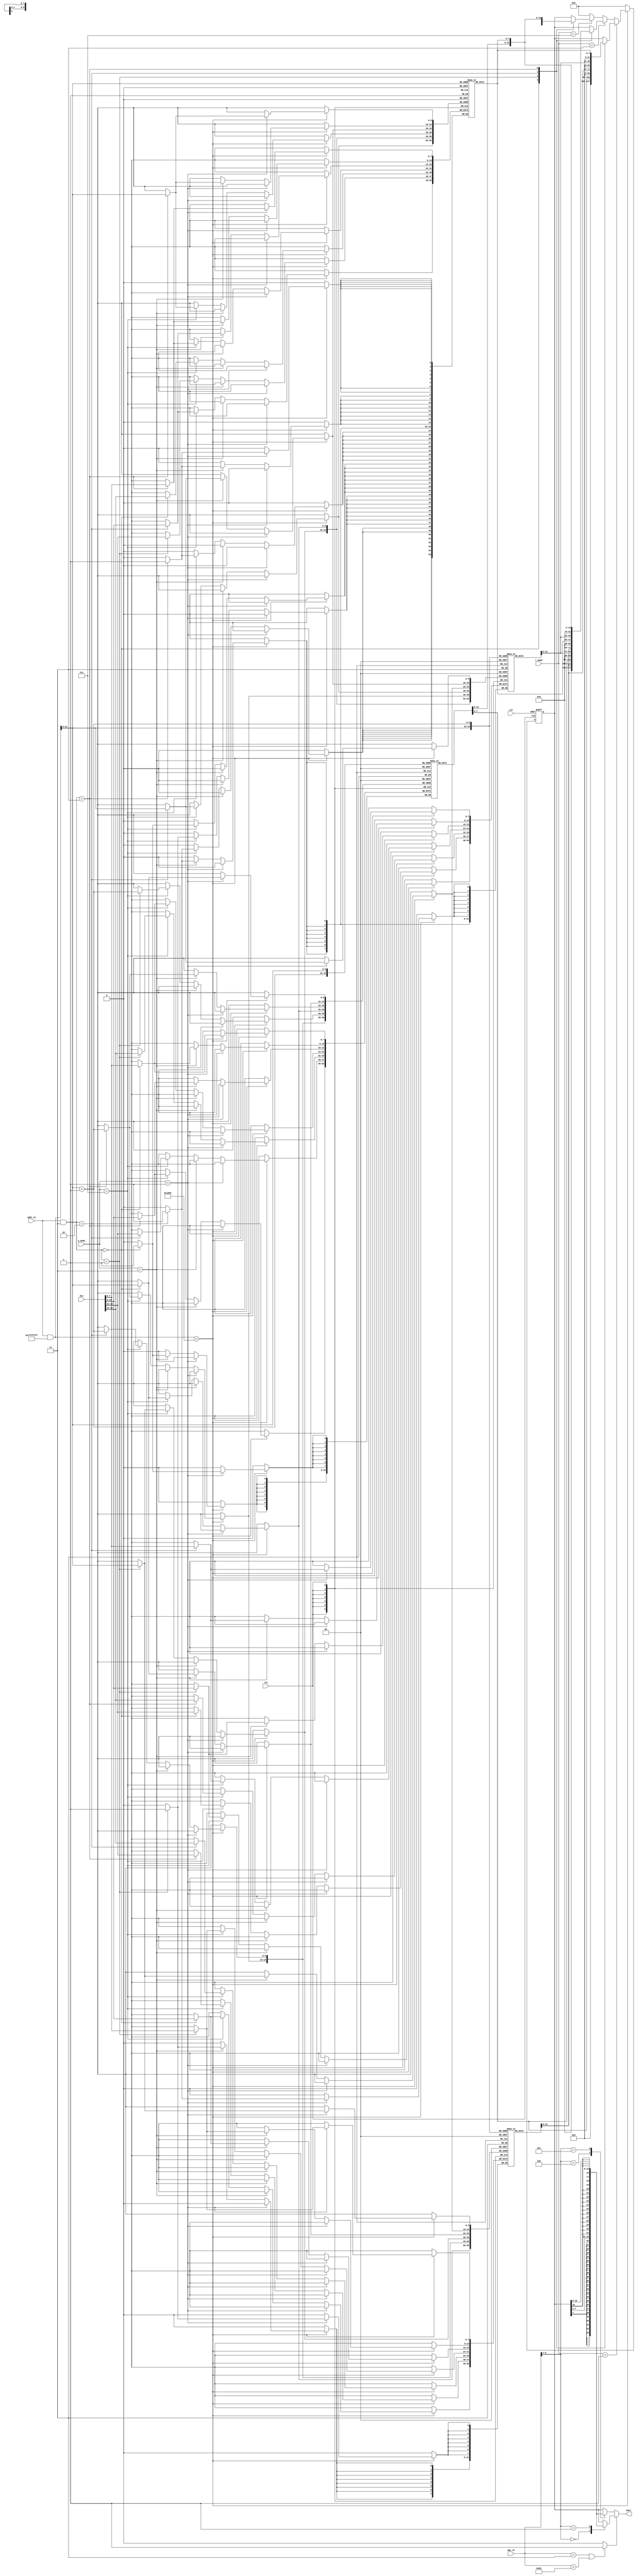
`timescale 1ns / 1ps
//////////////////////////////////////////////////////////////////////////////////
// Company: 
// Engineer: 
// 
// Design Name: 
// Module Name: Data_ext
// Project Name: 
// Target Devices: 
// Tool Versions: 
// Description: 
// 
// Dependencies: 
// 
// Revision:
// Revision 0.01 - File Created
// Additional Comments:
// 
//////////////////////////////////////////////////////////////////////////////////


module Data_ext(clk, rst, w_mode, r_mode, addr_in, din, opc_in, dout);
   input         clk;
   input         rst;
   input [2:0]   w_mode;
   input [2:0]   r_mode;
   input [31:0]  addr_in;
   input [31:0]  din;
   input [9:0]   opc_in;
   output [31:0] dout;
   
   reg [7:0]     dmem1[0:1023] ;
   reg [7:0]     dmem2[0:1023] ;
   reg [7:0]     dmem3[0:1023];
   reg [7:0]     dmem4[0:1023];
	integer  i;
	initial
	begin
		for(i=0;i<1024;i=i+1) begin
			dmem1[i] = 0;
			dmem2[i] = 0;
			dmem3[i] = 0;
			dmem4[i] = 0;
		end 
	end
   wire [31:0]   row;
   wire [31:0]   addr_dmem;
   wire [31:0]   index_dmem;
   wire [31:0]   index;
   reg [31:0]    dO;
   reg [31:0]    d_t;
   wire          dout_se;
   wire [9:0]    opcode;
   wire [6:0]    func7;
   wire [2:0]    func3;
   
   assign addr_dmem = (addr_in & ((~32'h80000000)));
   assign row[31:0] = {2'b0,addr_dmem[31:2]};
   assign index_dmem = (addr_in & 32'h00000003);
   assign index = index_dmem;
   
   assign opcode = opc_in;
   assign dout_se = (opcode == 10'b0000000011 || opcode == 10'b0010000011) ? 1'b1 : 
                    1'b0;
   
   assign func7 = opc_in[6:0];
   assign func3 = opc_in[9:7];
   
   
   always @(negedge rst or posedge clk)
      if (rst == 1'b0)
         dO <= 0;
      else 
      begin
         if (addr_dmem < 4096)
         begin
            if (r_mode == 3'b001)
               case (index)
                  0 :
                     dO <= {24'h000000, dmem1[row]};
                  1 :
                     dO <= {24'h000000, dmem2[row]};
                  2 :
                     dO <= {24'h000000, dmem3[row]};
                  3 :
                     dO <= {24'h000000, dmem4[row]};
                  default :
                     ;
               endcase
            
            else if (r_mode == 3'b011)
               case (index)
                  0 :
                     dO <= {16'h0000, dmem2[row], dmem1[row]};
                  1 :
                     dO <= {16'h0000, dmem3[row], dmem2[row]};
                  2 :
                     dO <= {16'h0000, dmem4[row], dmem3[row]};
                  3 :
                     dO <= {16'h0000, dmem1[row + 1], dmem4[row]};
                  default :
                     ;
               endcase
            
            else if (r_mode == 3'b111)
               case (index)
                  0 :
                     dO <= {dmem4[row], dmem3[row], dmem2[row], dmem1[row]};
                  1 :
                     dO <= {dmem1[row + 1], dmem4[row], dmem3[row], dmem2[row]};
                  2 :
                     dO <= {dmem2[row + 1], dmem1[row + 1], dmem4[row], dmem3[row]};
                  3 :
                     dO <= {dmem3[row + 1], dmem2[row + 1], dmem1[row + 1], dmem4[row]};
                  default :
                     ;
               endcase
            else
               
               dO <= {32{1'b0}};
         end
         else
            dO <= {32{1'b0}};
      end
   
   
   always @(opc_in or dout_se or dO)
      if (dout_se == 1'b1)
         case (func3)
            3'b000 :
               d_t <={{24{dO[7]}},dO[7:0]} ;
            3'b001 :
               d_t <= {{24{dO[15]}},dO[15:0]};
            default :
               d_t <= dO;
         endcase
      else
         case (func3)
            3'b100 :
               d_t <= {{24{dO[7]}},dO[7:0]};
            3'b101 :
               d_t <= {{24{dO[15]}},dO[15:0]};
            default :
               d_t <= dO;
         endcase
   
   assign dout = d_t;
   
   always @(posedge clk)
      
      begin
         if (addr_dmem < 4096)
         begin
            if (w_mode == 3'b001)
            begin
               if (index == 0)
                  dmem1[row] <= din[7:0];
            end
            
            else if (w_mode == 3'b011)
               case (index)
                  0 :
                     dmem1[row] <= din[7:0];
                  3 :
                     dmem1[row + 1] <= din[15:8];
                  default :
                     ;
               endcase
            
            else if (w_mode == 3'b111)
               case (index)
                  0 :
                     dmem1[row] <= din[7:0];
                  1 :
                     dmem1[row + 1] <= din[31:24];
                  2 :
                     dmem1[row + 1] <= din[23:16];
                  3 :
                     dmem1[row + 1] <= din[15:8];
                  default :
                     ;
               endcase
         end
      end
   
   
   always @(posedge clk)
      
      begin
         if (addr_dmem < 4096)
         begin
            if (w_mode == 3'b001)
            begin
               if (index == 1)
                  dmem2[row] <= din[7:0];
            end
            
            else if (w_mode == 3'b011)
               case (index)
                  1 :
                     dmem2[row] <= din[7:0];
                  0 :
                     dmem2[row] <= din[15:8];
                  default :
                     ;
               endcase
            
            else if (w_mode == 3'b111)
               case (index)
                  1 :
                     dmem2[row] <= din[7:0];
                  2 :
                     dmem2[row + 1] <= din[31:24];
                  3 :
                     dmem2[row + 1] <= din[23:16];
                  0 :
                     dmem2[row] <= din[15:8];
                  default :
                     ;
               endcase
         end
      end
   
   
   always @(posedge clk)
      
      begin
         if (addr_dmem < 4096)
         begin
            if (w_mode == 3'b001)
            begin
               if (index == 2)
                  dmem3[row] <= din[7:0];
            end
            
            else if (w_mode == 3'b011)
               case (index)
                  2 :
                     dmem3[row] <= din[7:0];
                  1 :
                     dmem3[row] <= din[15:8];
                  default :
                     ;
               endcase
            
            else if (w_mode == 3'b111)
               case (index)
                  2 :
                     dmem3[row] <= din[7:0];
                  3 :
                     dmem3[row + 1] <= din[31:24];
                  0 :
                     dmem3[row] <= din[23:16];
                  1 :
                     dmem3[row] <= din[15:8];
                  default :
                     ;
               endcase
         end
      end
   
   
   always @(posedge clk)
      
      begin
         if (addr_dmem < 4096)
         begin
            if (w_mode == 3'b001)
            begin
               if (index == 3)
                  dmem4[row] <= din[7:0];
            end
            
            else if (w_mode == 3'b011)
               case (index)
                  3 :
                     dmem4[row] <= din[7:0];
                  2 :
                     dmem4[row] <= din[15:8];
                  default :
                     ;
               endcase
            
            else if (w_mode == 3'b111)
               case (index)
                  3 :
                     dmem4[row] <= din[7:0];
                  0 :
                     dmem4[row] <= din[31:24];
                  1 :
                     dmem4[row] <= din[23:16];
                  2 :
                     dmem4[row] <= din[15:8];
                  default :
                     ;
               endcase
         end
      end

endmodule